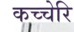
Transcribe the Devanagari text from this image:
कच्चेरि